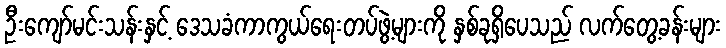
ဦးကျော်မင်းသန်းနှင့် ဒေသခံကာကွယ်ရေးတပ်ဖွဲ့များကို နှစ်ခုရှိပေသည် လက်တွေ့ခန်းများ